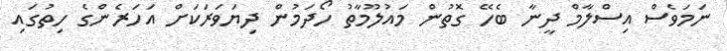
ނަމަވެސް އިސްލާމް ދީނާ ބެހޭ ގޮތުން މައުލޫމާތު ހޯދަމުން ދިޔަވަރަކަށް އަހަރެންގެ ހިތުގައި